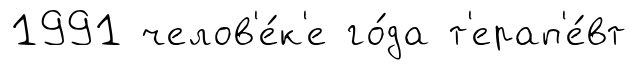
1991 челов'е́к'е го́да т'ерап'е́вт